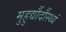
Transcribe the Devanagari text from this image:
मुहुर्द्यौर्दौस्थ्यं